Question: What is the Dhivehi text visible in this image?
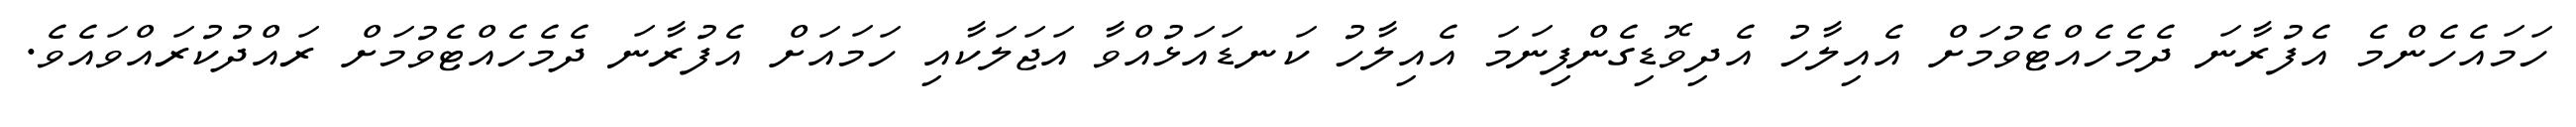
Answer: ހަމައެހެންމެ އެފުރާނަ ދެމެހެއްޓެވުމަށް އެއިލާހު އެދިވޮޑިގެންފިނަމަ އެއިލާހު ކަނޑައަޅުއްވާ އަޖަލަކާއި ހަމައަށް އެފުރާނަ ދެމެހެއްޓެވުމަށް ރައްދުކުރައްވައެވެ.